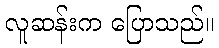
လူဆန်းက ပြောသည်။